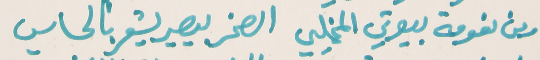
وين نعومة بيوتي المخليي   الصخر بيصير يشعر بالحساسي